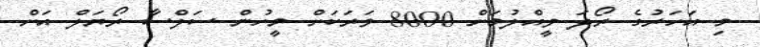
މި އަހަރުގެ ރޯދަ ވީއްލުމަށް 8000 ވަރަކަށް މީހުން ސަލްސާ ރޯޔަލް އަށް